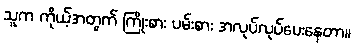
သူက ကိုယ့်အတွက် ကြိုးစား ပမ်းစား အလုပ်လုပ်ပေးနေတာ။